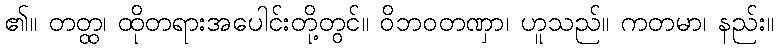
၏။ တတ္ထ၊ ထိုတရားအပေါင်းတို့တွင်။ ဝိဘဝတဏှာ၊ ဟူသည်။ ကတမာ၊ နည်း။